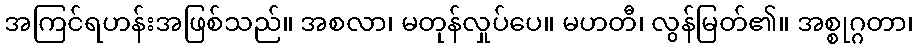
အကြင်ရဟန်းအဖြစ်သည်။ အစလာ၊ မတုန်လှုပ်ပေ။ မဟတီ၊ လွန်မြတ်၏။ အစ္စုဂ္ဂတာ၊